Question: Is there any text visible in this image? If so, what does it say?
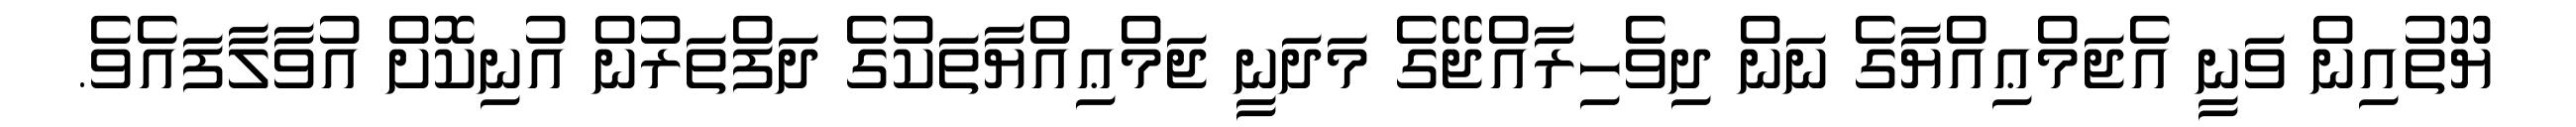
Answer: ޔޫތުއިން ވަނީ އެޖަމްޢިއްޔާގެ ނަން ދިވެހިރާއްޖޭގެ މަދަނީ ޖަމްޢިއްޔާތަކުގެ ދަފްތަރުން އުނިކޮށް އުވާލާފައެވެ.